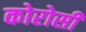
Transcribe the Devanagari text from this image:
कोरोसी